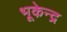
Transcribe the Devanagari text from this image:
भूकेन्द्र